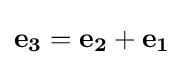
\mathbf {e_{3}} =\mathbf {e_{2}} +\mathbf {e_{1}}